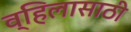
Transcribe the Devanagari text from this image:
व्हिलासाठी